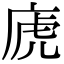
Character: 𢈶